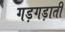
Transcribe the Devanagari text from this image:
गड़गड़ाती